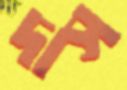
দাস